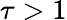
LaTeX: \tau>1